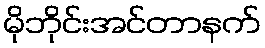
မိုဘိုင်းအင်တာနက်